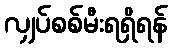
လျှပ်စစ်မီးရရှိရန်